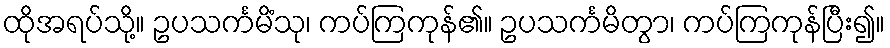
ထိုအရပ်သို့။ ဥပသင်္ကမိံသု၊ ကပ်ကြကုန်၏။ ဥပသင်္ကမိတွာ၊ ကပ်ကြကုန်ပြီး၍။